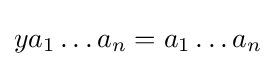
ya_{1}\dots a_{n}=a_{1}\dots a_{n}